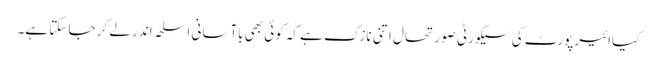
کیاائیر پورٹ کی سیکورٹی صورتحال اتنی نازک ہے کہ کوئی بھی باآسانی اسلحہ اند رلے کر جا سکتا ہے۔